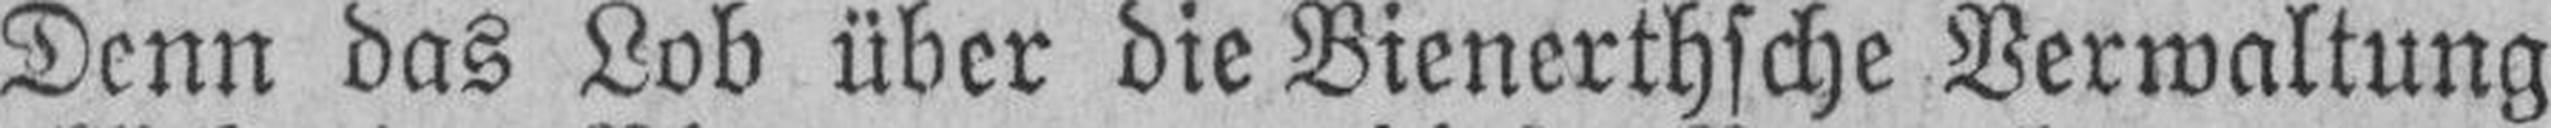
Denn das Lob über die Bienerthsche Verwaltung